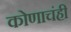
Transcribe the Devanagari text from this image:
कोणाचंही